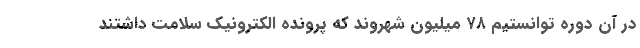
در آن دوره توانستیم ۷۸ میلیون شهروند که پرونده الکترونیک سلامت داشتند